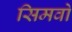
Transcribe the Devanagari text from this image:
सिमवो